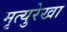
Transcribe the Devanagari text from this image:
मृत्युरेखा